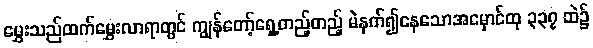
မွှေးသည်ထက်မွှေးလာရာတွင် ကျွန်တော့်ရှေ့တည့်တည့် မဲနက်၍နေသောအမှောင်ထု ၃၃၇ ထဲ၌